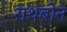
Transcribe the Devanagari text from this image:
राथबोन